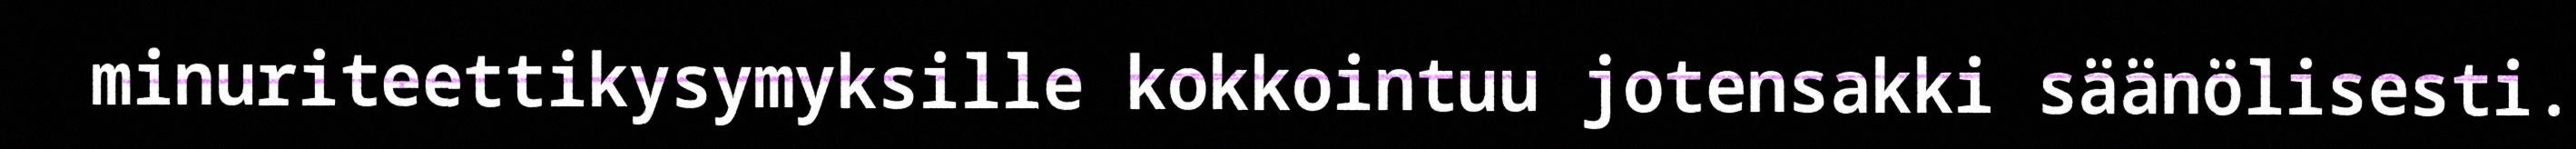
minuriteettikysymyksille kokkointuu jotensakki säänölisesti.